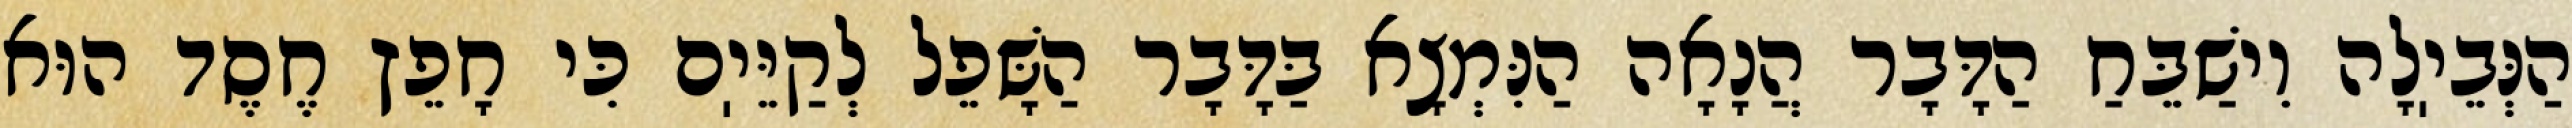
הַנְּבֵיֽלָה וִישַׁבֵּחַ הַדָּבָר הֲנָאָה הַנִּמְצָא בַּדָּבָר הַשָּׁפֵל לְקַיֵּיֽם כִּי חָפֵץ חֶסֶד הוּא